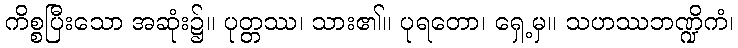
ကိစ္စပြီးသော အဆုံး၌။ ပုတ္တဿ၊ သား၏။ ပုရတော၊ ရှေ့မှ။ သဟဿဘဏ္ဍိကံ၊